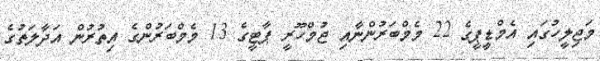
މަޖިލީހުގައި އެމްޑީޕީގެ 22 މެމްބަރުންނާއި ޖުމްހޫރީ ޕާޓީގެ 13 މެމްބަރުންގެ އިތުރުން އަދާލަތުގެ